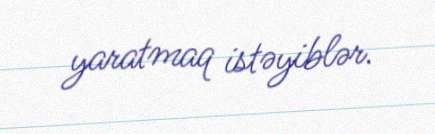
yaratmaq istəyiblər.